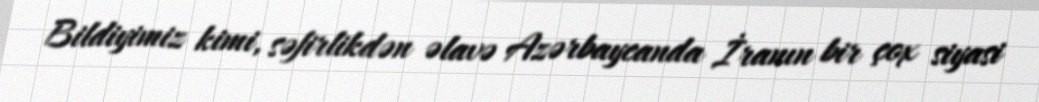
Bildiyimiz kimi, səfirlikdən əlavə Azərbaycanda İranın bir çox siyasi